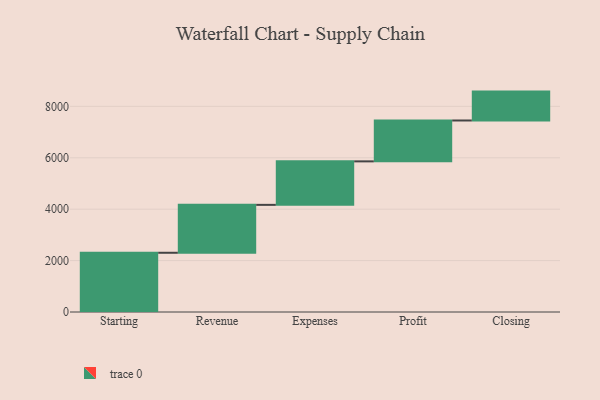
{"axis": {"x": "Step", "y": "Value"}, "legend": [""], "data": [{"x": "Starting", "y": 2304.0, "type": ""}, {"x": "Revenue", "y": 1864.0, "type": ""}, {"x": "Expenses", "y": 1692.0, "type": ""}, {"x": "Profit", "y": 1590.0, "type": ""}, {"x": "Closing", "y": 1124.0, "type": ""}]}